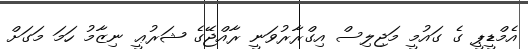
އެމްޑީޕީ ގެ ގައުމީ މަޖިލިސް އިގްރާރުވަނީ ރާއްޖޭގެ ޝަރުޢީ ނިޒާމު ހަމަ މަގަށް